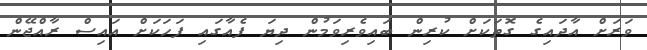
ވަރަށް އާދައިގެ ގޮތަކަށް ކުރިން ބައިވެރިވަމުން ދިޔަ ފެއާގައި ފަހަކަށް އައިސް ރާއްޖޭން